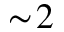
\sim \! 2